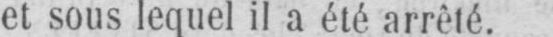
et sous lequel il a été arrêté.